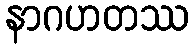
နာဂဟတဿ